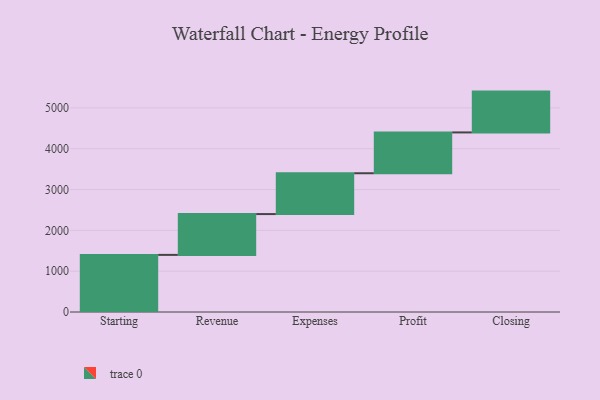
{"axis": {"x": "Step", "y": "Value"}, "legend": [""], "data": [{"x": "Starting", "y": 1399.0, "type": ""}, {"x": "Revenue", "y": 1000, "type": ""}, {"x": "Expenses", "y": 1000, "type": ""}, {"x": "Profit", "y": 1000, "type": ""}, {"x": "Closing", "y": 1000, "type": ""}]}